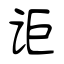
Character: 讵